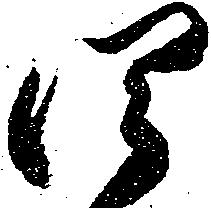
四